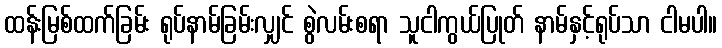
ထန်းမြစ်ထက်ခြမ်း ရုပ်နာမ်ခြမ်းလျှင် စွဲလမ်းစရာ သူငါကွယ်ပြုတ် နာမ်နှင့်ရုပ်သာ ငါမပါ။